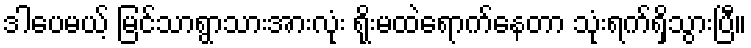
ဒါပေမယ့် မြင်သာရွာသားအားလုံး ရိုးမထဲရောက်နေတာ သုံးရက်ရှိသွားပြီ။